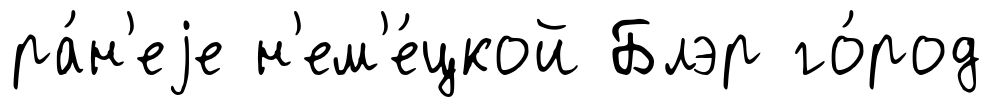
ра́н'еjе н'ем'е́цкой Блэр го́род